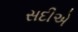
સદીએ